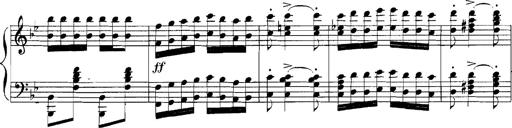
Title: Rhapsodies hongroises
Composer: Franz Liszt